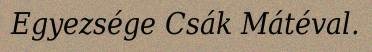
Egyezsége Csák Mátéval.